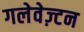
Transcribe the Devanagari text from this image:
गलेवेज़्टन